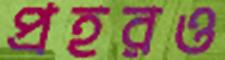
প্রহরও